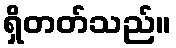
ရှိတတ်သည်။